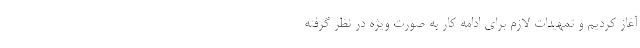
آغاز کردیم و تمهیدات لازم برای ادامه کار به صورت ویژه در نظر گرفته